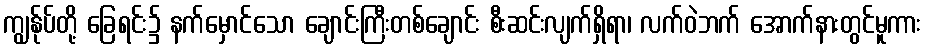
ကျွန်ုပ်တို့ ခြေရင်း၌ နက်မှောင်သော ချောင်းကြီးတစ်ချောင်း စီးဆင်းလျက်ရှိရာ၊ လက်ဝဲဘက် အောက်နားတွင်မူကား